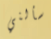
سألني